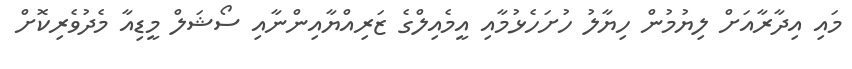
މައި އިދާރާއަށް ލިޔުމުން ހިޔާލު ހުށަހެޅުމާއި އީމެއިލްގެ ޒަރިއްޔާއިންނާއި ސޯޝަލް މީޑިއާ މެދުވެރިކޮށް